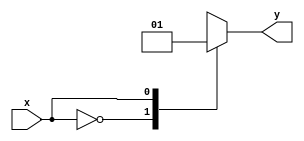
module behavioral_modeling_block (
  input wire x,
  output wire y
);

  // Behavioral modeling block with case statement
  always @ (x) begin
    case (x)
      1'b0: begin
        // Block of code for when x is 0
        y <= 1'b0;
      end
      1'b1: begin
        // Block of code for when x is 1
        y <= 1'b1;
      end
      default: begin
        // Default block of code for when x is a different value
        y <= 1'bx;
      end
    endcase
  end

endmodule